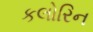
કલોરિન